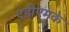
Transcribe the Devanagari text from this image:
एडीएमके